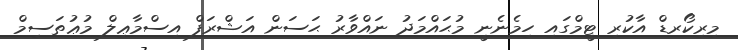
މިރިކޯރޑް އާކުރި ޓީމްގައި ހިމެނެނީ މުޙައްމަދު ނައްވާރު ޙަސަން އަޝްރަފް އިސްމާޢިލް މުޢުތަސިމް